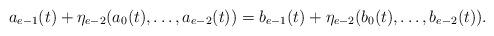
LaTeX: \begin{align*} a_{e-1}(t)+\eta_{e-2}(a_0(t), \ldots, a_{e-2}(t))=b_{e-1}(t)+\eta_{e-2}(b_0(t), \ldots, b_{e-2}(t)).\end{align*}